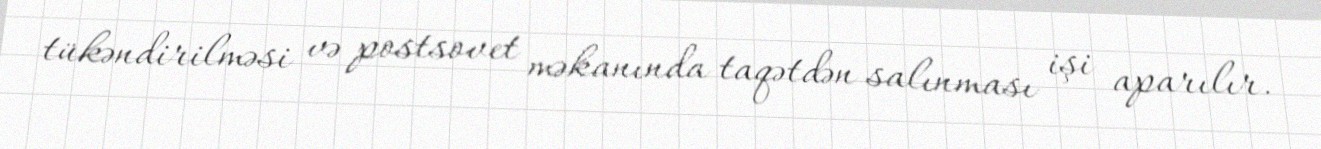
tükəndirilməsi və postsovet məkanında taqətdən salınması işi aparılır.